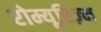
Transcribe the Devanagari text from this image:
रोम्यूरिज़्म